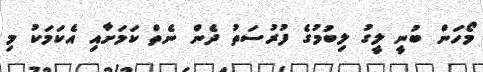
މޯހަން ބުނީ ލީގު ލިބުމުގެ ފުރުސަތު ދެން ނެތް ކަމަށާއި އެކަމަކު މި